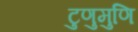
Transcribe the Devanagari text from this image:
टुणुमुणि